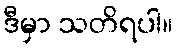
ဒီမှာ သတိရပါ။